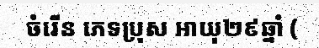
ចំរើន ភេទប្រុស អាយុ២៩ឆ្នាំ (